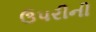
ઉપરીની